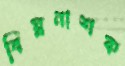
বিঘ্ননাশক